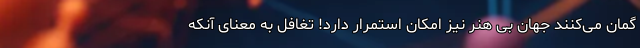
گمان می‌کنند جهان بی هنر نیز امکان استمرار دارد! تغافل به معنای آنکه